Vaccine operations Central Provinces 1886-1899 - 1886-1899
Year: 1886
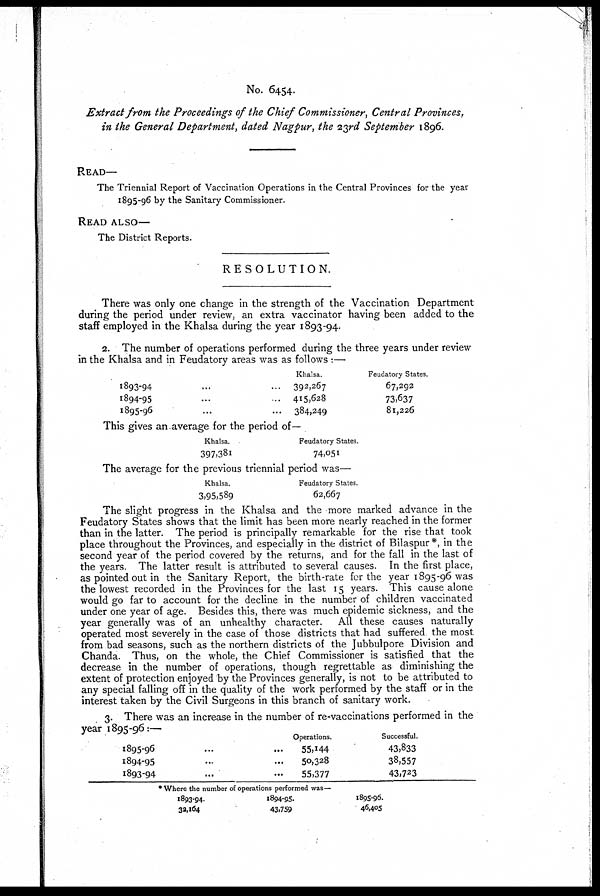
No. 6454.
Extract from the Proceedings of the Chief Commissioner., Central Provinces,
in the General Department, dated Nagpur, the 23rd September 1896.
READ—
The Triennial Report of Vaccination Operations in the Central Provinces for the year
1895-96 by the Sanitary Commissioner.
READ ALSO—
The District Reports.
RESOLUTION.
There was only one change in the strength of the Vaccination Department
during the period under review, an extra vaccinator having been added to the
staff employed in the Khalsa during the year 1893-94.
2. The number of operations performed during the three years under review
in the Khalsa and in Feudatory areas was as follows :—
1893-94 ... ... ...
1894-95 ... ... ...
1895-96 ... ... ...
Khalsa.
392,267
415,628
384,249
Feudatory States.
67,292
73,637
81,226
This gives an average for the period of—
Khalsa.
397,381
Feudatory States.
74,051
The average for the previous triennial period was—
Khalsa.
3,95,589
Feudatory States.
62,667
The slight progress in the Khalsa and the more marked advance in the
Feudatory States shows that the limit has been more nearly reached in the former
than in the latter. The period is principally remarkable for the rise that took
place throughout the Provinces, and especially in the district of Bilaspur*, in the
second year of the period covered by the returns, and for the fall in the last of
the years. The latter result is attributed to several causes. In the first place,
as pointed out in the Sanitary Report, the birth-rate for the year 1895-96 was
the lowest recorded in the Provinces for the last 15 years. This cause alone
would go far to account for the decline in the number of children vaccinated
under one year of age. Besides this, there was much epidemic sickness, and the
year generally was of an unhealthy character. All these causes naturally
operated most severely in the case of those districts that had suffered the most
from bad seasons, such as the northern districts of the Jubbulpore Division and
Chanda. Thus, on the whole, the Chief Commissioner is satisfied that the
decrease in the number of operations, though regrettable as diminishing the
extent of protection enjoyed by the Provinces generally, is not to be attributed to
any special falling off in the quality of the work performed by the staff or in the
interest taken by the Civil Surgeons in this branch of sanitary work.
3. There was an increase in the number of re-vaccinations performed in the
year 1895-96:—
1895-96 ... ...
1894-95 ... ...
1893-94 ... ...
Operations.
55,144
50,328
55,377
Successful.
43,833
38,557
43,723
* Where the number of operations performed was—
1893-94.
32,164
1894-95.
43,759
1895-96.
46,405